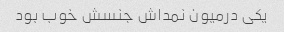
یکی درمیون نمداش جنسش خوب بود